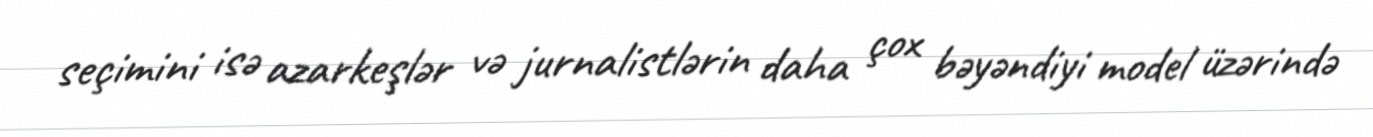
seçimini isə azarkeşlər və jurnalistlərin daha çox bəyəndiyi model üzərində